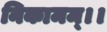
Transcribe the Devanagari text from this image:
निकामम्।।